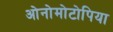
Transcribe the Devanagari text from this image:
ओनोमोटोपिया